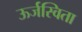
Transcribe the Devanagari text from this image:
ऊर्जस्विता